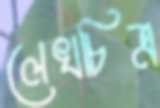
লেখচিত্র